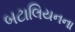
બટાલિયનના